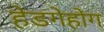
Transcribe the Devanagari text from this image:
हेडगेहोग